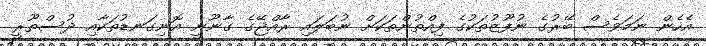
އެހެން ނަމަވެސް ބޭރުގެ ނުފޫޒުތަކުގެ ފިއްތުންތަކަށް ނުބަލައި ރާއްޖޭގެ ގާނޫނީ އޮނިގަނޑުތަކާއި ދުސްތޫރީ